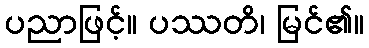
ပညာဖြင့်။ ပဿတိ၊ မြင်၏။